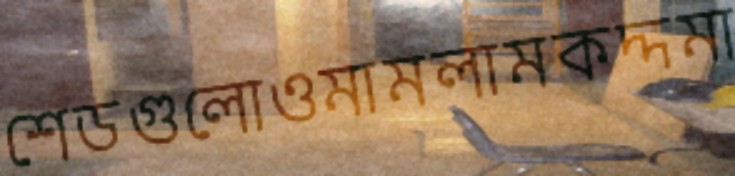
শেডগুলোওমামলামকদ্দমা